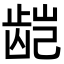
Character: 𬺃